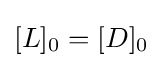
[L]_{0}=[D]_{0}